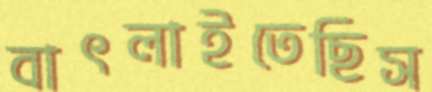
বাৎলাইতেছিস